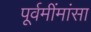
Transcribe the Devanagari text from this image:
पूर्वमींमांसा